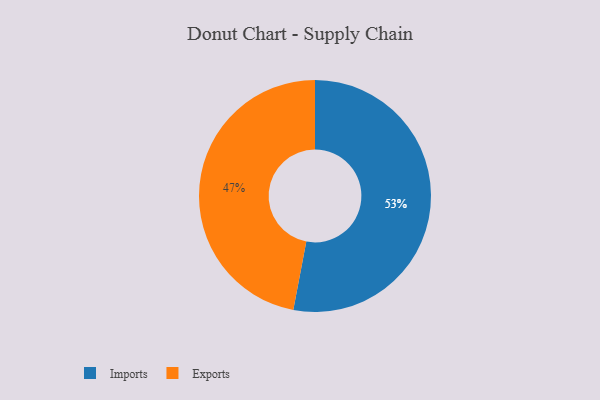
{"axis": {"x": "Category", "y": "Percentage"}, "legend": ["Exports", "Imports"], "data": [{"x": "Imports", "y": 53, "type": "Imports"}, {"x": "Exports", "y": 47, "type": "Exports"}]}